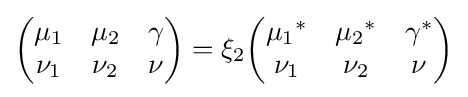
{\begin{pmatrix}\mu _{1}&\mu _{2}&\gamma \\\nu _{1}&\nu _{2}&\nu \end{pmatrix}}=\xi _{2}{\begin{pmatrix}{\mu _{1}}^{*}&{\mu _{2}}^{*}&{\gamma }^{*}\\\nu _{1}&\nu _{2}&\nu \end{pmatrix}}